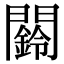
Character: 𮤧